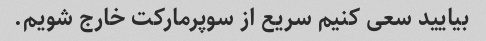
بیایید سعی کنیم سریع از سوپرمارکت خارج شویم.